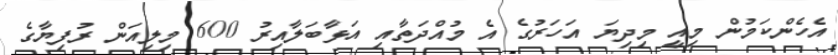
އެހެންކަމުން މިއީ މިދިޔަ އަހަރުގެ އެ މުއްދަތާއި އަޅާބަލާއިރު 600 މިލިއަން ރުފިޔާގެ